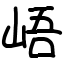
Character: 峿